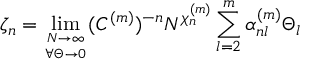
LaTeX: \zeta _ { n } = \operatorname * { l i m } _ { { N \to \infty } \atop { \forall \Theta \rightarrow 0 } } ( C ^ { ( m ) } ) ^ { - n } N ^ { \chi _ { n } ^ { ( m ) } } \sum _ { l = 2 } ^ { m } \alpha _ { n l } ^ { ( m ) } \Theta _ { l }